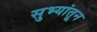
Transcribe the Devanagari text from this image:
सुभ्यांतून